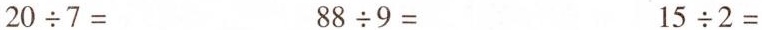
$$2 0 \div 7 =$$$$8 8 \div 9 =$$$$1 5 \div 2 =$$